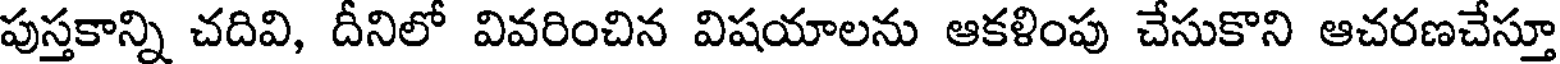
పుస్తకాన్ని చదివి, దీనిలో వివరించిన విషయాలను ఆకళింపు చేసుకొని ఆచరణచేస్తూ